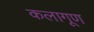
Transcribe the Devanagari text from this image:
कलागूण